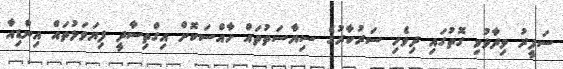
ސަފީރު ވިދާޅުވި ގޮތުގައި ދިވެހި ސަރުކާރުގެ ސިޔާސަތުތައް ހާއްސަކޮށް އިގްތިސާދީ ފިޔަވަޅުތައް އިންޑިއާ